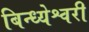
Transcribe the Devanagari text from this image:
बिन्ध्येश्वरी